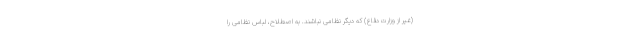
(غیر از وزارت دفاع) که دیگر نظامی نباشند. به اصطلاح، لباس نظامی را